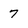
Character: 7